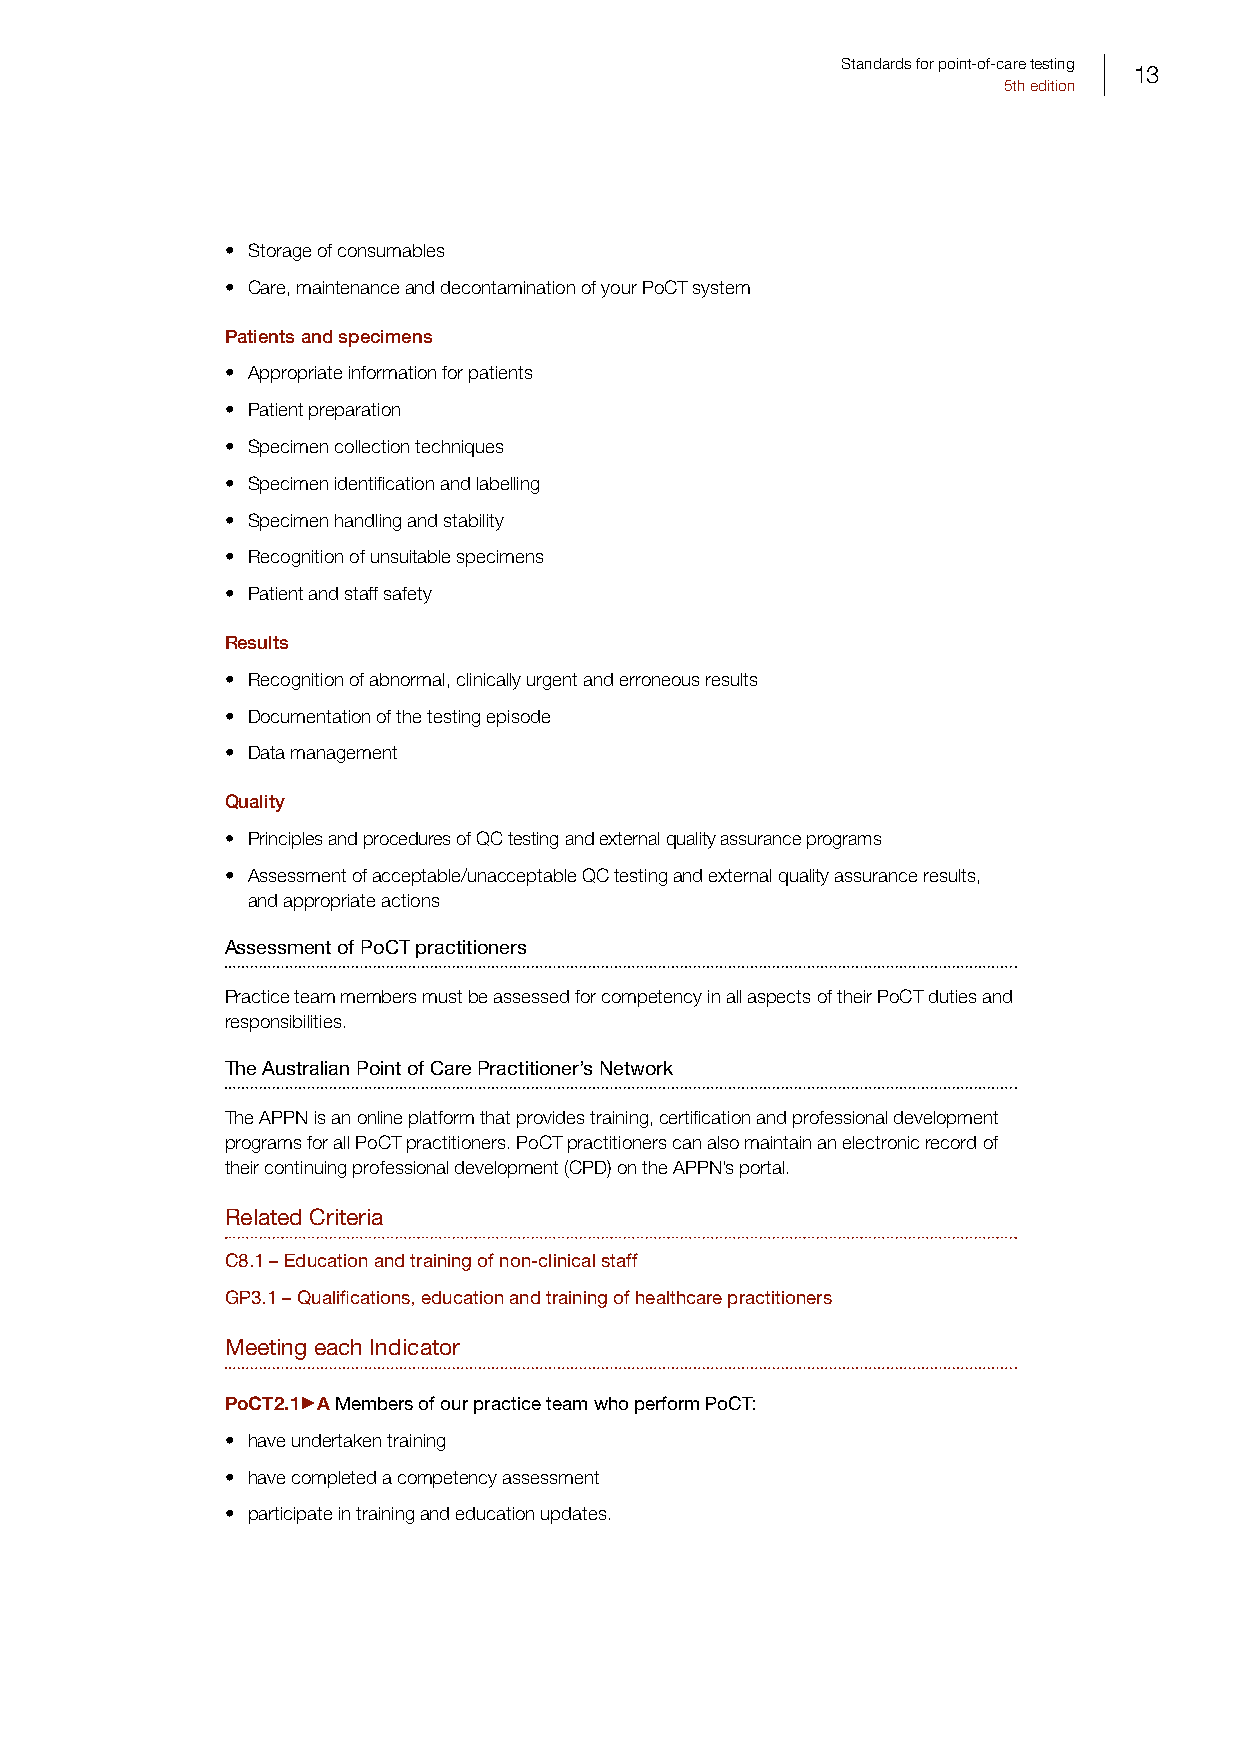
Standards for point-of-care testing
 13
 5th edition
 • Storage of consumables
 • Care, maintenance and decontamination of your PoCT system
 Patients and specimens
 • Appropriate information for patients
 • Patient preparation
 • Specimen collection techniques
 • Specimen identification and labelling
 • Specimen handling and stability
 • Recognition of unsuitable specimens
 • Patient and staff safety
 Results
 • Recognition of abnormal, clinically urgent and erroneous results
 • Documentation of the testing episode
 • Data management
 Quality
 • Principles and procedures of QC testing and external quality assurance programs
 • Assessment of acceptable/unacceptable QC testing and external quality assurance results,
 and appropriate actions
 Assessment of PoCT practitioners
 Practice team members must be assessed for competency in all aspects of their PoCT duties and
 responsibilities.
 The Australian Point of Care Practitioner’s Network
 The APPN is an online platform that provides training, certification and professional development
 programs for all PoCT practitioners. PoCT practitioners can also maintain an electronic record of
 their continuing professional development (CPD) on the APPN’s portal.
 Related Criteria
 C8.1 – Education and training of non-clinical staff
 GP3.1 – Qualifications, education and training of healthcare practitioners
 Meeting each Indicator
 PoCT2.1 A Members of our practice team who perform PoCT:
 • have undertaken training
 • have completed a competency assessment
 • participate in training and education updates.